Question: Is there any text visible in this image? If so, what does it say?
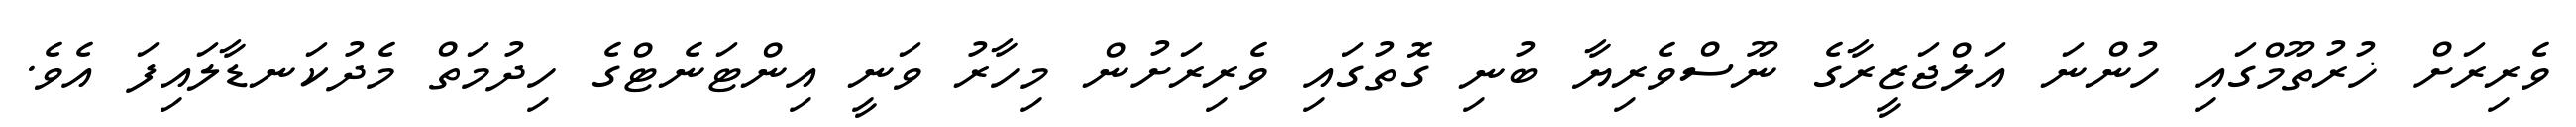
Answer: ވެރިރަށް ޚުރުތޫމްގައި ހުންނަ އަލްޖަޒީރާގެ ނޫސްވެރިޔާ ބުނި ގޮތުގައި ވެރިރަށުން މިހާރު ވަނީ އިންޓަނެޓްގެ ހިދުމަތް މެދުކަނޑާލައިފަ އެވެ.